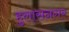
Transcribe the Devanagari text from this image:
हुलासनगर